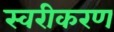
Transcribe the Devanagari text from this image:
स्वरीकरण